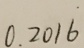
0 . 2 0 1 \dot { 6 }